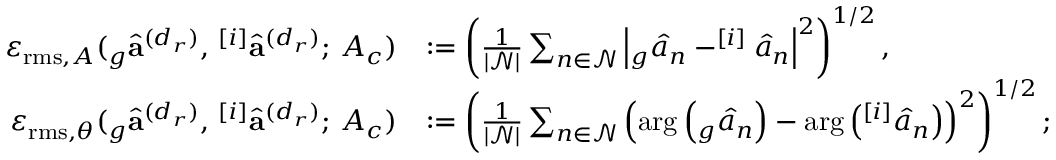
\begin{array} { r l } { \varepsilon _ { \mathrm { r m s } , A } ( _ { g } \hat { \mathbf { a } } ^ { ( d _ { r } ) } , \, ^ { [ i ] } \hat { \mathbf { a } } ^ { ( d _ { r } ) } ; \, A _ { c } ) } & { : = \left( \frac { 1 } { | \mathcal { N } | } \sum _ { n \in \mathcal { N } } \left| _ { g } \hat { a } _ { n } - ^ { [ i ] } \hat { a } _ { n } \right| ^ { 2 } \right) ^ { 1 / 2 } , } \\ { \varepsilon _ { \mathrm { r m s } , \theta } ( _ { g } \hat { \mathbf { a } } ^ { ( d _ { r } ) } , \, ^ { [ i ] } \hat { \mathbf { a } } ^ { ( d _ { r } ) } ; \, A _ { c } ) } & { : = \left( \frac { 1 } { | \mathcal { N } | } \sum _ { n \in \mathcal { N } } \left( \arg \left( _ { g } \hat { a } _ { n } \right) - \arg \left( ^ { [ i ] } \hat { a } _ { n } \right) \right) ^ { 2 } \right) ^ { 1 / 2 } ; } \end{array}